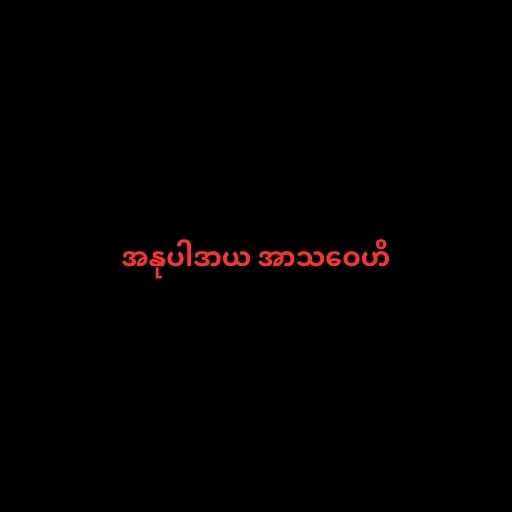
အနုပါဒာယ အာသဝေဟိ